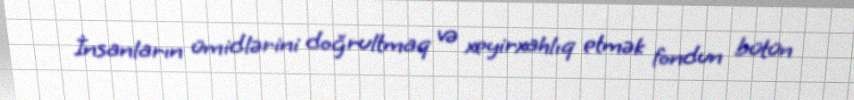
İnsanların ümidlərini doğrultmaq və xeyirxahlıq etmək fondun bütün